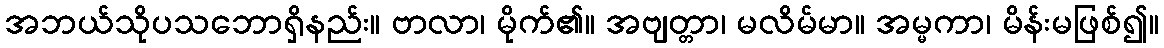
အဘယ်သိုပသဘောရှိနည်း။ ဗာလာ၊ မိုက်၏။ အဗျတ္တာ၊ မလိမ်မာ။ အမ္မကာ၊ မိန်းမဖြစ်၍။